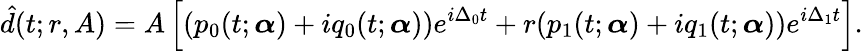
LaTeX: \hat{d}(t;r,A)=A\left[(p_{0}(t;\boldsymbol{\alpha})+iq_{0}(t;\boldsymbol{\alpha}))e^{i\Delta_{0}t}+r(p_{1}(t;\boldsymbol{\alpha})+iq_{1}(t;\boldsymbol{\alpha}))e^{i\Delta_{1}t}\right].